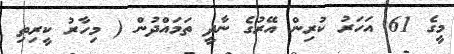
މީގެ 61 އަހަރު ކުރިން އޭރުގެ ނާދީ ތަމައްދުން ( މިހާރު ކީރިތި